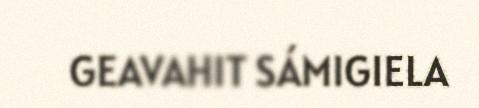
GEAVAHIT SÁMIGIELA